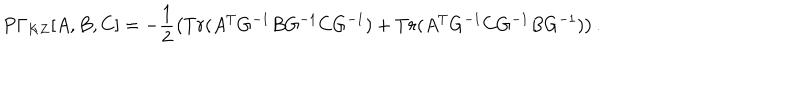
P \Gamma _ { K Z } { [ A , B , C ] } = - \frac { 1 } { 2 } \left( T r ( A ^ { T } G ^ { - 1 } B G ^ { - 1 } C G ^ { - 1 } ) + T r ( A ^ { T } G ^ { - 1 } C G ^ { - 1 } B G ^ { - 1 } ) \right) .